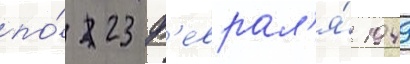
по́ 23 ф'еврал'я́ 1949